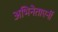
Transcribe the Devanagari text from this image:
अभिनेताएर्नी